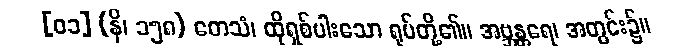
[၀၁] (နိ၊ ၁၅၈) တေသံ၊ ထိုရှစ်ပါးသော ရုပ်တို့၏။ အဗ္ဘန္တရေ၊ အတွင်း၌။